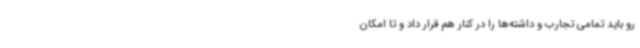
رو باید تمامی تجارب و داشته‌ها را در کنار هم قرار داد و تا امکان